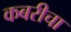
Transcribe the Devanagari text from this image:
कबरीचा